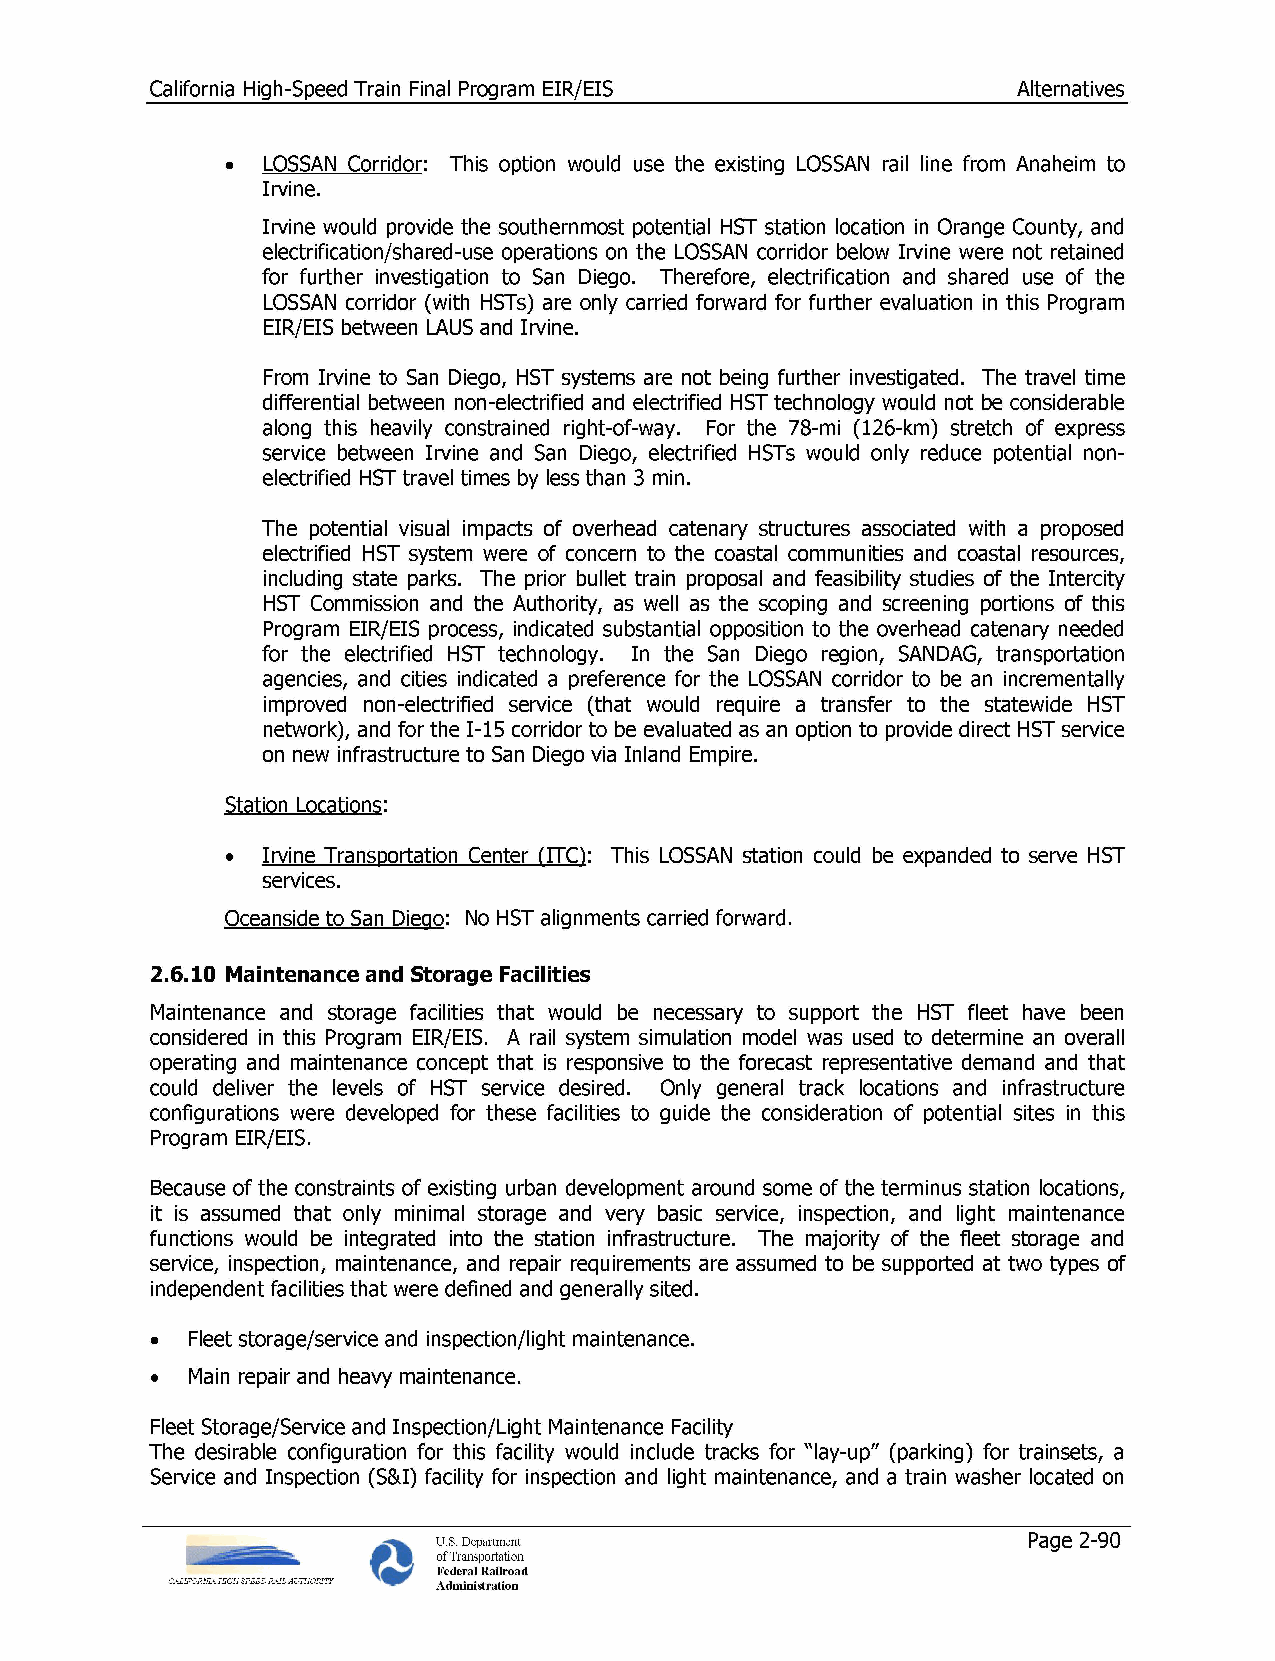
California High-Speed Train Final Program EIR/EIS        Alternatives
 • LOSSAN Corridor: This option would use the existing LOSSAN rail line from Anaheim to
 Irvine.
 Irvine would provide the southernmost potential HST station location in Orange County, and
 electrification/shared-use operations on the LOSSAN corridor below Irvine were not retained
 for further investigation to San Diego. Therefore, electrification and shared use of the
 LOSSAN corridor (with HSTs) are only carried forward for further evaluation in this Program
 EIR/EIS between LAUS and Irvine.
 From Irvine to San Diego, HST systems are not being further investigated. The travel time
 differential between non-electrified and electrified HST technology would not be considerable
 along this heavily constrained right-of-way. For the 78-mi (126-km) stretch of express
 service between Irvine and San Diego, electrified HSTs would only reduce potential non­
 electrified HST travel times by less than 3 min.
 The potential visual impacts of overhead catenary structures associated with a proposed
 electrified HST system were of concern to the coastal communities and coastal resources,
 including state parks. The prior bullet train proposal and feasibility studies of the Intercity
 HST Commission and the Authority, as well as the scoping and screening portions of this
 Program EIR/EIS process, indicated substantial opposition to the overhead catenary needed
 for the electrified HST technology. In the San Diego region, SANDAG, transportation
 agencies, and cities indicated a preference for the LOSSAN corridor to be an incrementally
 improved non-electrified service (that would require a transfer to the statewide HST
 network), and for the 1-15 corridor to be evaluated as an option to provide direct HST service
 on new infrastructure to San Diego via Inland Empire.
 Station Locations:
 • Irvine Transportation Center (ITC): This LOSSAN station could be expanded to serve HST
 services.
 Oceanside to San Diego: No HST alignments carried forward.
 2.6.10 Maintenance and Storage Facilities
 Maintenance and storage facilities that would be necessary to support the HST fleet have been
 considered in this Program EIR/EIS. A rail system simulation model was used to determine an overall
 operating and maintenance concept that is responsive to the forecast representative demand and that
 could deliver the levels of HST service desired. Only general track locations and infrastructure
 configurations were developed for these facilities to guide the consideration of potential sites in this
 Program EIR/EIS.
 Because of the constraints of existing urban development around some of the terminus station locations,
 it is assumed that only minimal storage and very basic service, inspection, and light maintenance
 functions would be integrated into the station infrastructure. The majority of the fleet storage and
 service, inspection, maintenance, and repair requirements are assumed to be supported at two types of
 independent facilities that were defined and generally sited.
 •  Fleet storage/service and inspection/light maintenance.
 •  Main repair and heavy maintenance.
 Fleet Storage/Service and Inspection/Light Maintenance Facility
 The desirable configuration for this facility would include tracks for "lay-up" (parking) for trainsets, a
 Service and Inspection (S&I) facility for inspection and light maintenance, and a train washer located on
 U.S. Department                        Page 2-90
 of Transportation
 Federal Railroad
 Administration